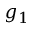
g _ { 1 }